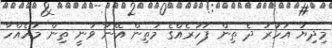
މިދިޔަ އަހަރު ދެ ތިން ފަހަރެއްގެ މަތިން އޭނާ ވަނީ ތިން މަހެއްހާ